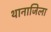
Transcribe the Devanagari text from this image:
थानाजिला